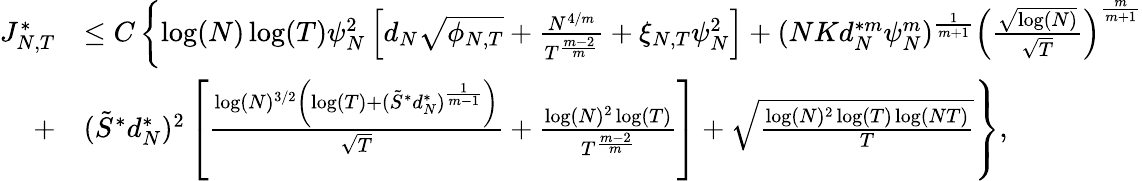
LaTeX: \begin{array}{rl}{{J_{N,T}^{*}}}&{\leq C\left\lbrace\log(N)\log(T)\psi_{N}^{2}\left[d_{N}\sqrt{\phi_{N,T}}+\frac{N^{4/m}}{T^{\frac{m-2}{m}}}+\xi_{N,T}\psi_{N}^{2}\right]+(NKd_{N}^{*m}\psi_{N}^{m})^{\frac{1}{m+1}}\left(\frac{\sqrt{\log(N)}}{\sqrt{T}}\right)^{\frac{m}{m+1}}\right.}\\ {+}&{\left.(\tilde{S}^{*}d_{N}^{*})^{2}\left[\frac{\log(N)^{3/2}\left(\log(T)+(\tilde{S}^{*}d_{N}^{*})^{\frac{1}{m-1}}\right)}{\sqrt{T}}+\frac{\log(N)^{2}\log(T)}{T^{\frac{m-2}{m}}}\right]+\sqrt{\frac{\log(N)^{2}\log(T)\log(NT)}{T}}\right\rbrace,}\end{array}